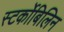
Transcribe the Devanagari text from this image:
स्‍टर्कोबिलिन